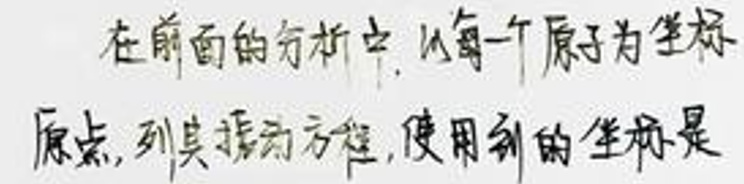
在前面的分析中, 以每一个原子为坐标
原点, 列其振动方程, 使用到的坐标是